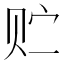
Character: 贮